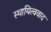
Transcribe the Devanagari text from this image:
स्थायित्ववाद